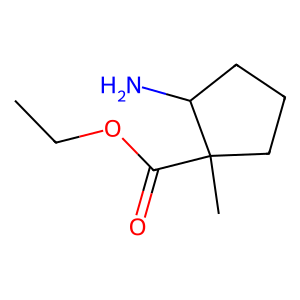
SMILES: CCOC(=O)C1(C)CCCC1N
Inhibits HIV replication: No